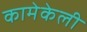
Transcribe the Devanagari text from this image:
कामेकेली